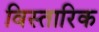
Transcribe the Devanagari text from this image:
विस्तारिक